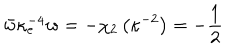
LaTeX: \bar { w } \kappa _ { e } ^ { - 4 } w = - \chi _ { 2 } \left( \kappa ^ { - 2 } \right) = - \frac { 1 } { 2 }